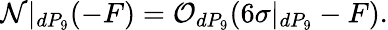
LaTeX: {\cal N}|_{dP_{9}}(-F)={\cal O}_{dP_{9}}(6\sigma|_{dP_{9}}-F).